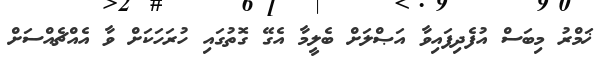
ޚަމްރު މިބަސް އުފެދިފައިވާ އަޞްލަށް ބެލީމާ އެގޭ ގޮތުގައި ހުރަހަކަށް ވާ އެއްޗެއްސަށް